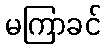
မကြာခင်